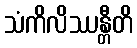
သံကိလိဿန္တီတိ